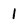
Character: 1